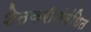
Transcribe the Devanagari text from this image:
शेतकरीसंबंधित